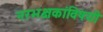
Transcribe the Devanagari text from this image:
नरभक्षकांविषयी